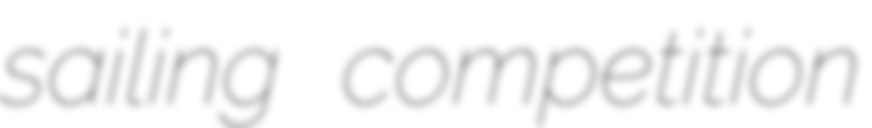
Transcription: sailing competition